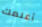
أعلمك